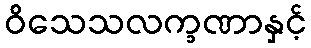
ဝိသေသလက္ခဏာနှင့်